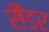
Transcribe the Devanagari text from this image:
सैंडर